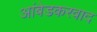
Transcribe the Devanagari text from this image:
अांबेडकरवाद